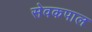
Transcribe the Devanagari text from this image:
सेवकपाल